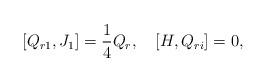
LaTeX: \begin{align*}\lbrack{Q_{r1},J_{1}}\rbrack=\frac{1}{4}Q_{r},\quad\lbrack{H,Q_{ri}}\rbrack=0,\end{align*}